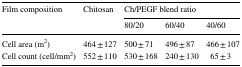
<table><thead><tr><td rowspan="2"><b>Film composition</b></td><td rowspan="2"><b>Chitosan</b></td><td colspan="3"><b>Ch/PEGF blend ratio</b></td></tr><tr><td><b>80/20</b></td><td><b>60/40</b></td><td><b>40/60</b></td></tr></thead><tbody><tr><td>Cell area (m<sup>2</sup>)</td><td>464 ± 127</td><td>500 ± 71</td><td>496 ± 87</td><td>466 ± 107</td></tr><tr><td>Cell count (cell/mm<sup>2</sup>)</td><td>552 ± 110</td><td>530 ± 168</td><td>240 ± 130</td><td>65 ± 3</td></tr></tbody></table>